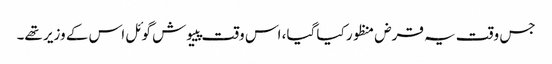
جس وقت یہ قرض منظور کیا گیا، اس وقت پییوش گوئل اس کے وزیر تھے۔